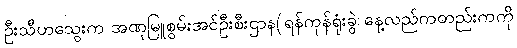
ဦးသီဟသွေးက အဏုမြူစွမ်းအင်ဦးစီးဌာန(ရန်ကုန်ရုံးခွဲ နေ့လည်ကတည်းကကို